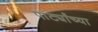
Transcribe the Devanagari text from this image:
पार्ट्यांच्या